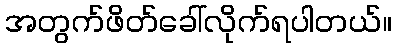
အတွက်ဖိတ်ခေါ်လိုက်ရပါတယ်။